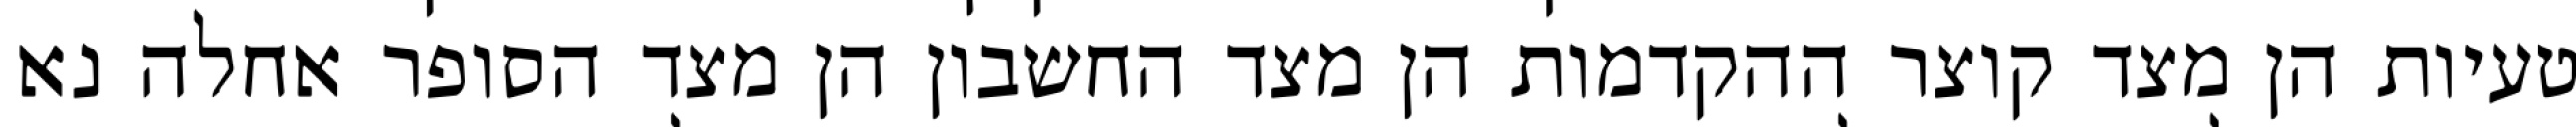
טעיות הן מצד קוצר ההקדמות הן מצד החשבון הן מצד הסופר אחלה נא